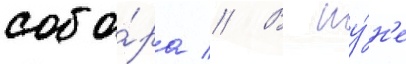
собо́ра // В иу́н'е